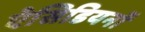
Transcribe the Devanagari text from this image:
ऐसिडियनों